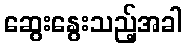
ဆွေးနွေးသည့်အခါ